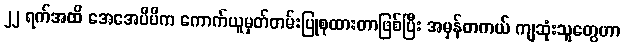
၂၂ ရက်အထိ အေအေပီပီက ကောက်ယူမှတ်တမ်းပြုစုထားတာဖြစ်ပြီး အမှန်တကယ် ကျဆုံးသူတွေဟာ